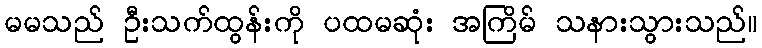
မမသည် ဦးသက်ထွန်းကို ပထမဆုံး အကြိမ် သနားသွားသည်။